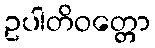
ဥပါတိဝတ္တော